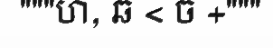
"""ហ, ឆ < ច +"""